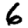
Digit: 6